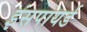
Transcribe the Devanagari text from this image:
इंसपायर्ड